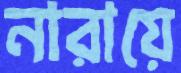
নারায়ে